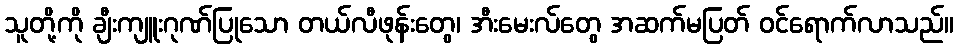
သူတို့ကို ချီးကျူးဂုဏ်ပြုသော တယ်လီဖုန်းတွေ၊ အီးမေးလ်တွေ အဆက်မပြတ် ဝင်ရောက်လာသည်။